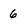
Character: 6